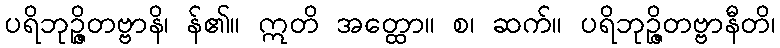
ပရိဘုဉ္ဇိတဗ္ဗာနိ၊ န်၏။ ဣတိ အတ္ထော။ စ၊ ဆက်။ ပရိဘုဉ္ဇိတဗ္ဗာနီတိ၊